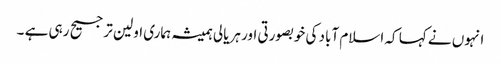
انہوں نے کہا کہ اسلام آباد کی خوبصورتی اور ہریالی ہمیشہ ہماری اولین ترجیح رہی ہے ۔